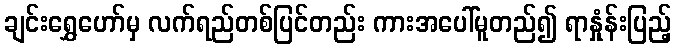
ချင်းရွှေဟော်မှ လက်ရည်တစ်ပြင်တည်း ကားအပေါ်မူတည်၍ ရာနှုံန်းပြည့်